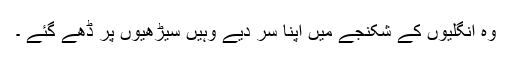
وہ انگلیوں کے شکنجے میں اپنا سر دیے وہیں سیڑھیوں پر ڈھے گئے ۔